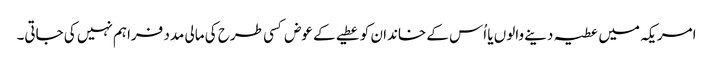
امریکہ میں عطیہ دینے والوں یا اُس کے خاندان کو عطیے کے عوض کسی طرح کی مالی مدد فراہم نہیں کی جاتی۔